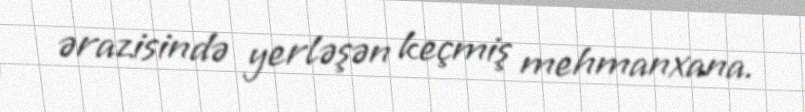
ərazisində yerləşən keçmiş mehmanxana.